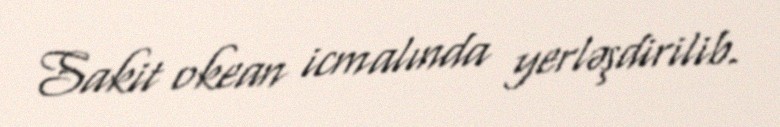
Sakit okean icmalında yerləşdirilib.